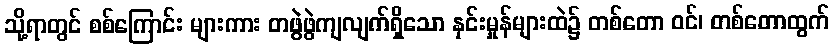
သို့ရာတွင် စစ်ကြောင်း များကား တဖွဲဖွဲကျလျက်ရှိသော နှင်းမှုန်များထဲ၌ တစ်တော ဝင်၊ တစ်တောထွက်